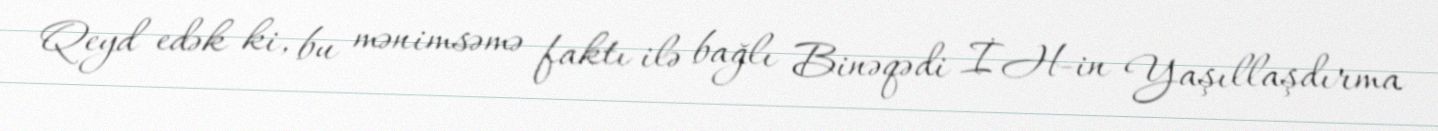
Qeyd edək ki, bu mənimsəmə faktı ilə bağlı Binəqədi İH-in Yaşıllaşdırma